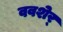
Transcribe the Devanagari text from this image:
ववशेर्